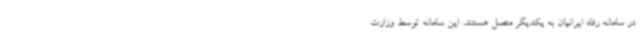
در سامانه رفاه ایرانیان ‌به یکدیگر متصل هستند. این سامانه توسط وزارت